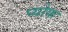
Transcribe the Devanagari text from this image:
प्योक